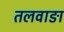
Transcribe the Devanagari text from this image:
तलवाङा